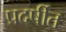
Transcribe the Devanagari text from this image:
प्रदर्षीत